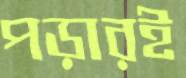
পড়ারই